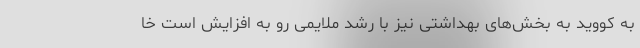
به کووید به بخش‌های بهداشتی نیز با رشد ملایمی رو به افزایش است خا